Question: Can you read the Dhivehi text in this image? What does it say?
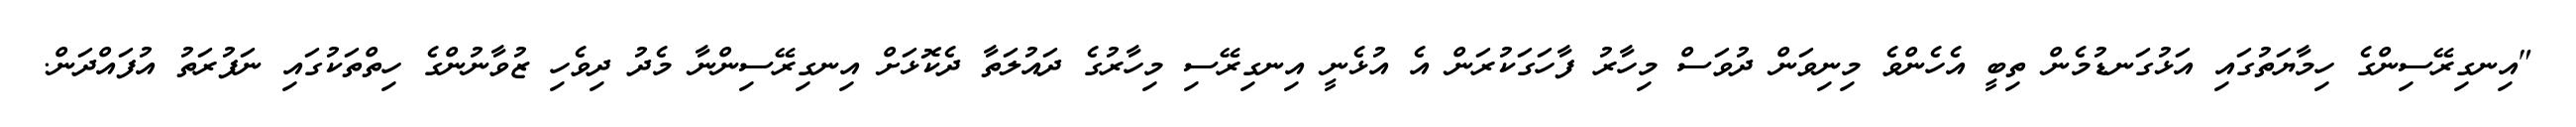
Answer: "އިނގިރޭސިންގެ ހިމާޔަތުގައި އަޅުގަނޑުމެން ތިބީ އެހެންވެ މިނިވަން ދުވަސް މިހާރު ފާހަގަކުރަން އެ އުޅެނީ އިނގިރޭސި މިހާރުގެ ދައުލަތާ ދެކޮޅަށް އިނގިރޭސިންނާ މެދު ދިވެހި ޒުވާނުންގެ ހިތްތަކުގައި ނަފުރަތު އުފައްދަން.